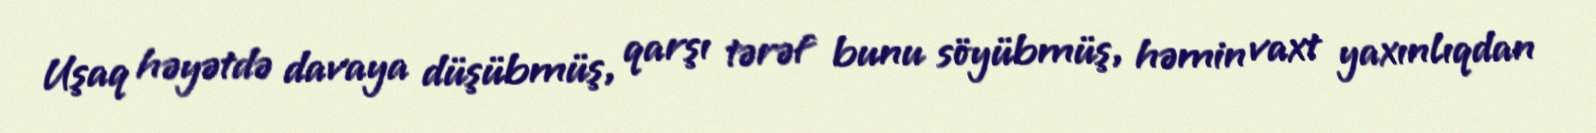
Uşaq həyətdə davaya düşübmüş, qarşı tərəf bunu söyübmüş, həmin vaxt yaxınlıqdan